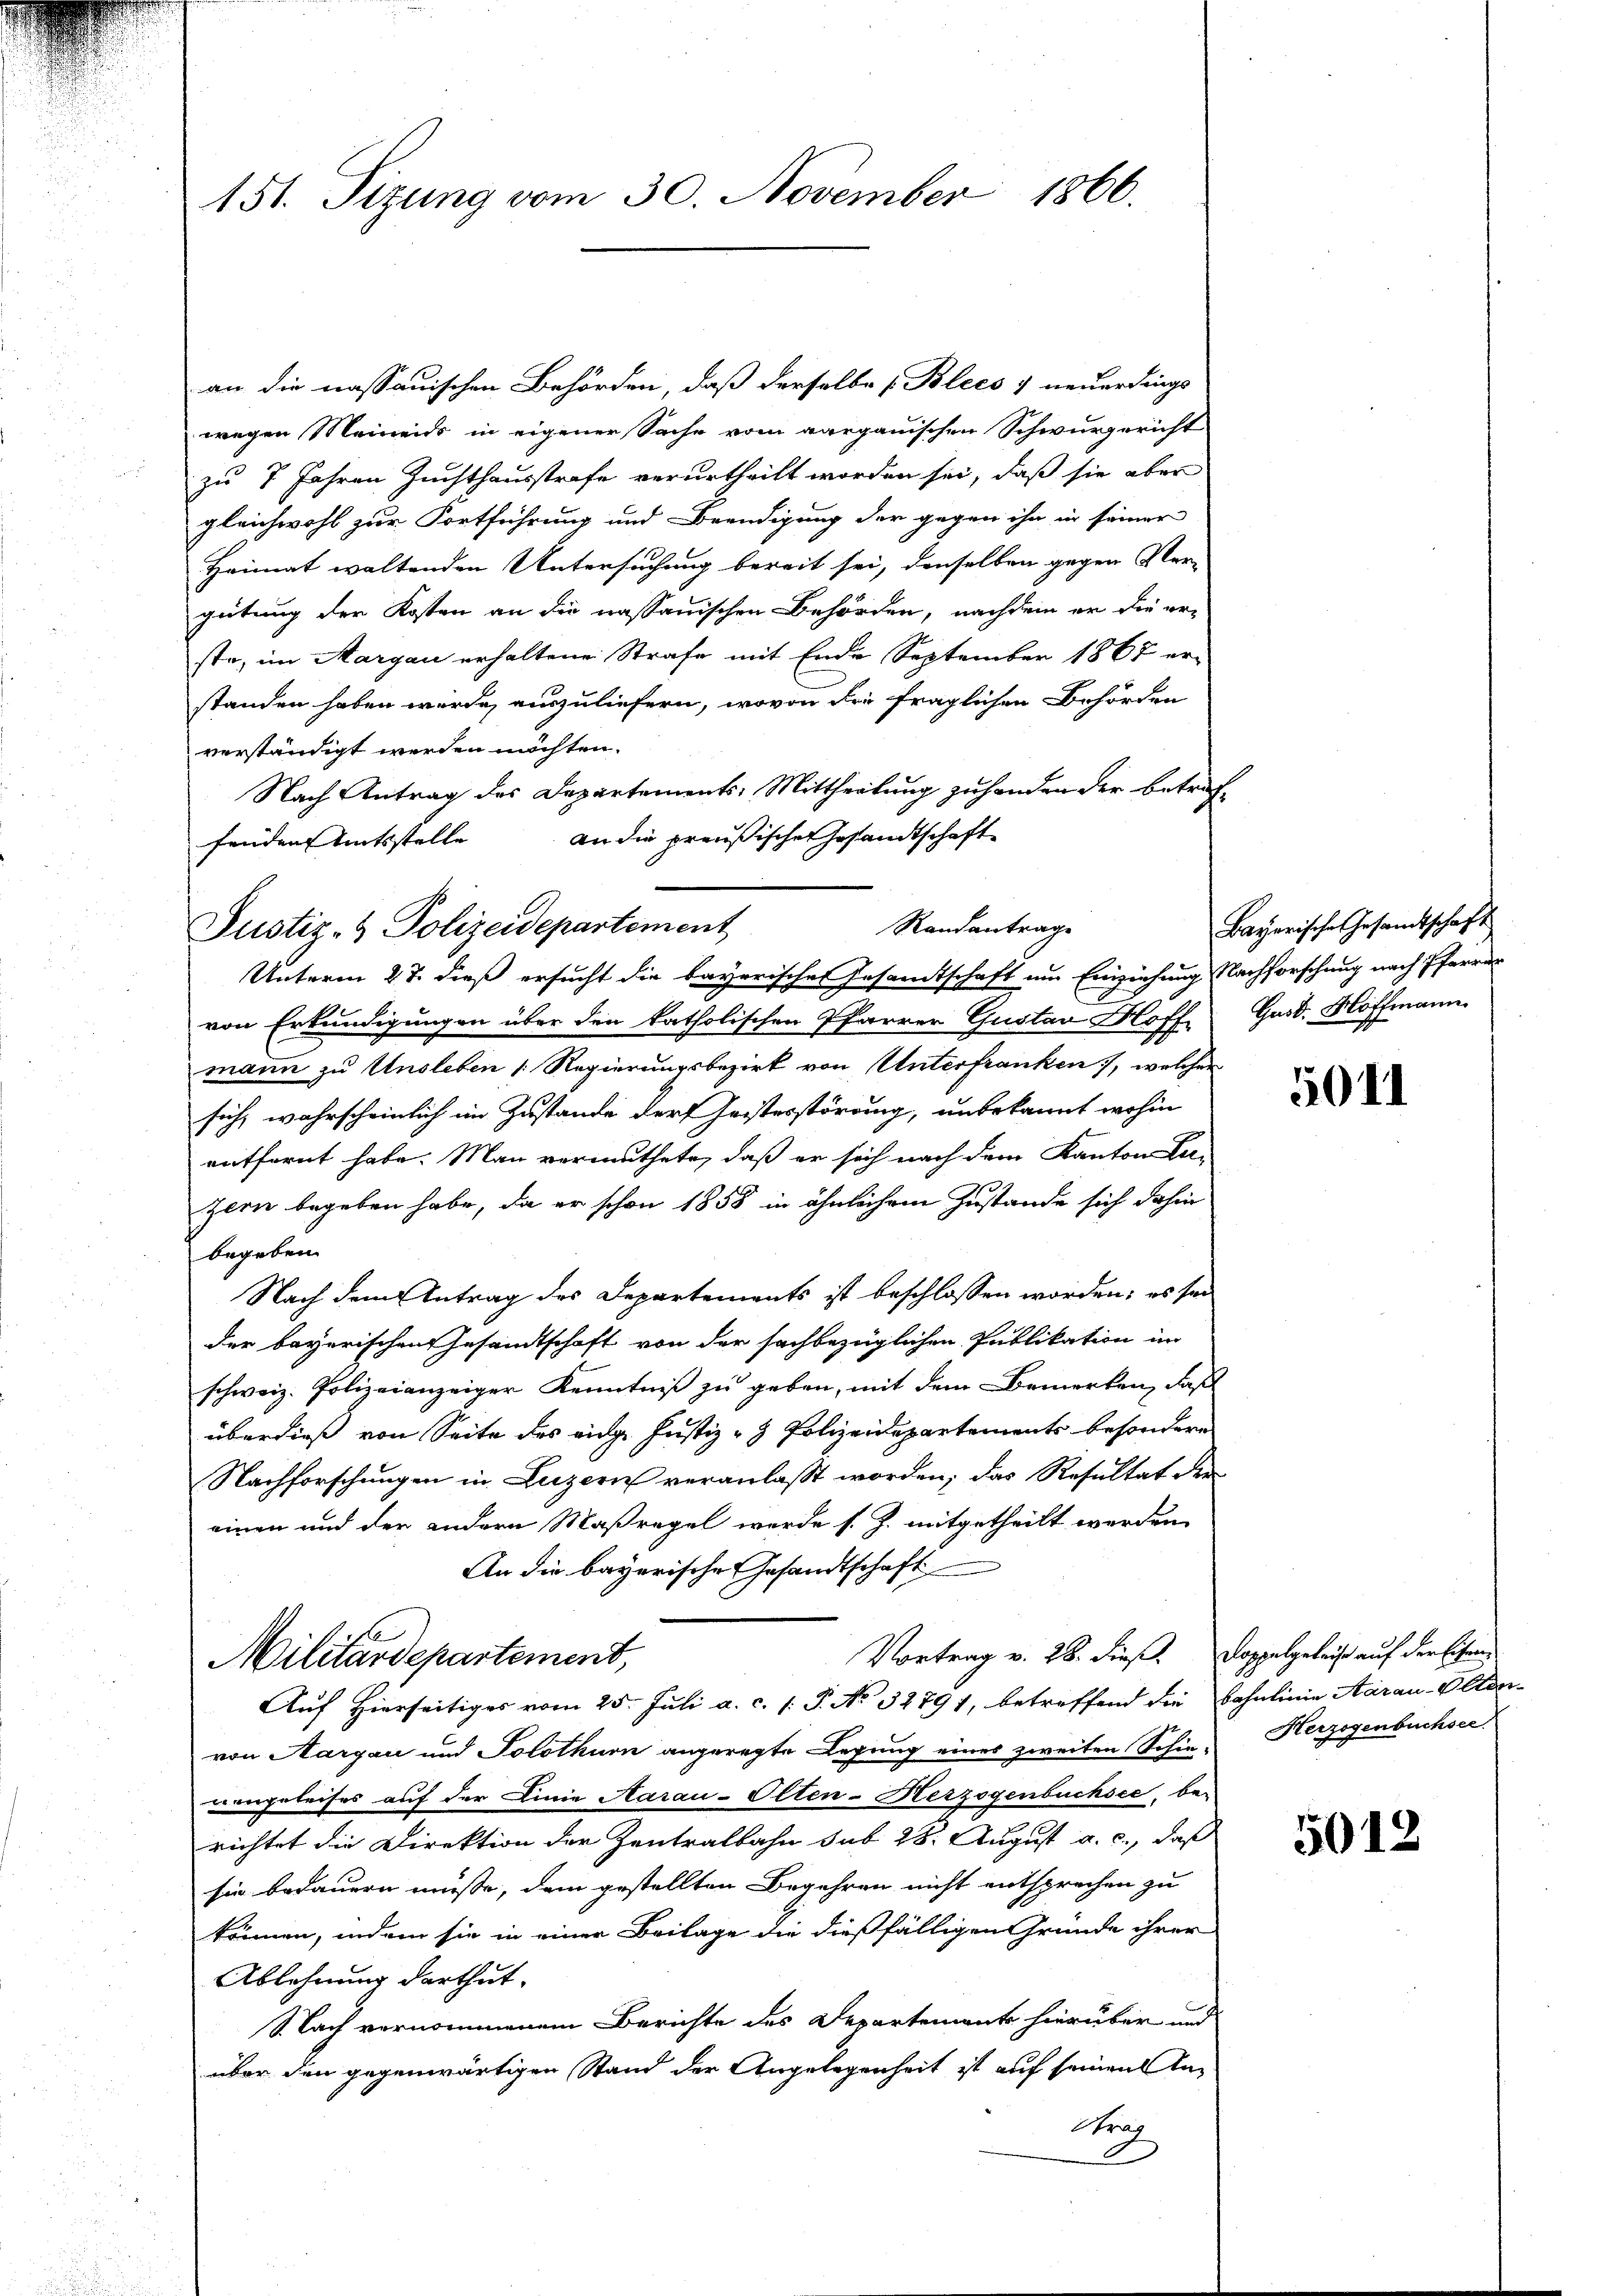
151. Sizung vom 30. November 1866.

an die nassauischen Behörden, daß derselbe [Plees 7 neuerdings
wegen Meinends in eigener Sache vom aargauischen Schwurgericht
zu 7 Jahren Zuchthausstrafe verurtheilt worden sei, daß sie aber
gleichwohl zur Fortführung und Beendigung der gegen ihn in seiner
Heimat waltenden Untersuchung bereit sei, denselben gegen Ver-
geitung der Kosten an die nassauischen Behörden, nachdem er die er-
ste, im Aargau erhaltene Strafe mit Ende September 1867 er-
standen haben werde, auszuliefern, wovon die fraglichen Behörden
verständigt werden möchten.
Nach Antrag des Departements: Mittheilung zu handen der betref¬
An die preußischen Gesandtschaft
fenden Amtsstelle
von Erkundigungen über den katholischen Pfarrer Gustan Hoff Gast. Hoffmann
mann zu Unsleben (Regierungsbezirk von Unterfranken, welcher
sich wahrscheinlich im Zustande der Geisterstörung, unbekannt wohin
entfernt habe. Man vermuthete, daß er sich nach dem Kantonal-
zern begeben habe, da er schon 1858 in ähnlichem Zustande sich dahin
begeben.
Nach dem Antrag des Departements ist beschlossen worden; es sei
der bayerischen Gesandtschaft von der sachbezüglichen Publikation im
schweiz. Polizeianzeiger Kenntniß zu geben, mit dem Bemerken, daß
überdieß von Seite des eidg. Justiz- & Polizeidepartements besondern.
Nachforschungen in Luzern veranlaßt worden; das Resultat der
einen und der andern Maßregel werde s. Z. mitgetheilt werden.
An die bayerische Gesandtschaft
Vortrag v. 28. dieß. Doppelgeleise auf der lesen
Militärdepartement,
Auf Hierseitiges vom 25. Juli a. c. 1. P. No 32791, betreffend die Bahnlinie Aarau-V. Ador-
von Aargau und Solothurn angeregte Legung eines zweiten Schie- Herzogenbuchsee,
vongeleises auf der Linie Aarau-Olten-Herzogenbuchsee, berichtet die Direktion der Zentralbahn sub 28. August a. c., daß
sie bedauern müsse, dem gestellten Begehren nicht entsprechen zu
können, indem sie in einer Beilage die dießfälligen Gründe ihrer
Ablehnung darthut.
S.Nach vernommenem Berichte des Departement hierüber und
über den gegenwärtigen Stand der Angelegenheit ist auf seinen An¬
Arag

Justiz- & Polizeidepartement

Randantrage
Unterm 27. dieß ersucht die bayerischen Gesamtschaft um Einziehung Nachforschung nach Pfarrer

Bayerische Gesandtschaft

5011

5012